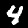
Digit: 4